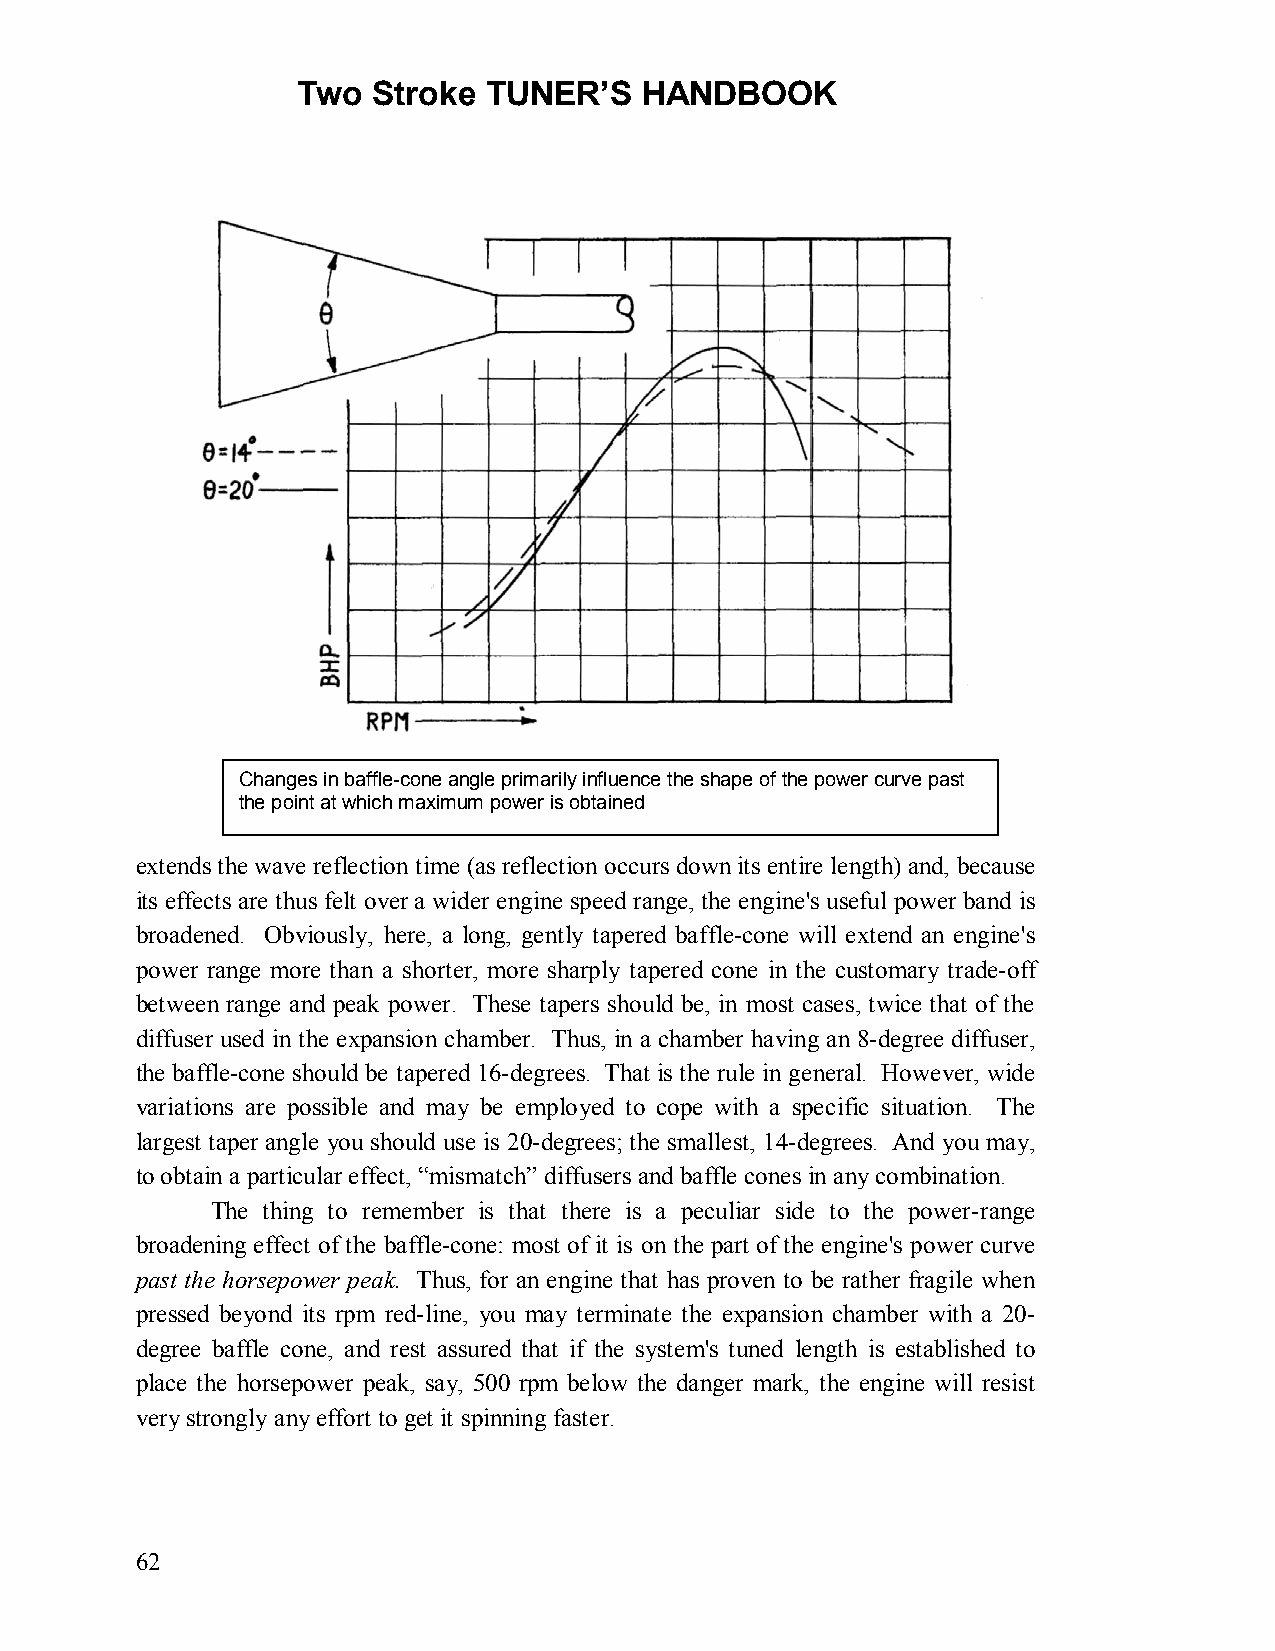
Two  Stroke TUNER’S   HANDBOOK
 Changes in baffle-cone angle primarily influence the shape of the power curve past
 the point at which maximum power is obtained
 extends the wave reflection time (as reflection occurs down its entire length) and, because
 its effects are thus felt over a wider engine speed range, the engine's useful power band is
 broadened. Obviously, here, a long, gently tapered baffle-cone will extend an engine's
 power range more than a shorter, more sharply tapered cone in the customary trade-off
 between range and peak power. These tapers should be, in most cases, twice that of the
 diffuser used in the expansion chamber. Thus, in a chamber having an 8-degree diffuser,
 the baffle-cone should be tapered 16-degrees. That is the rule in general. However, wide
 variations are possible and may be employed to cope with a specific situation. The
 largest taper angle you should use is 20-degrees; the smallest, 14-degrees. And you may,
 to obtain a particular effect, “mismatch” diffusers and baffle cones in any combination.
 The thing to remember is that there is a peculiar side to the power-range
 broadening effect of the baffle-cone: most of it is on the part of the engine's power curve
 past the horsepower peak. Thus, for an engine that has proven to be rather fragile when
 pressed beyond its rpm red-line, you may terminate the expansion chamber with a 20-
 degree baffle cone, and rest assured that if the system's tuned length is established to
 place the horsepower peak, say, 500 rpm below the danger mark, the engine will resist
 very strongly any effort to get it spinning faster.
 62